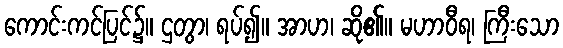
ကောင်းကင်ပြင်၌။ ဌတွာ၊ ရပ်၍။ အာဟ၊ ဆို၏။ မဟာဝီရ၊ ကြီးသော